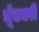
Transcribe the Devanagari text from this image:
धूँधभरी